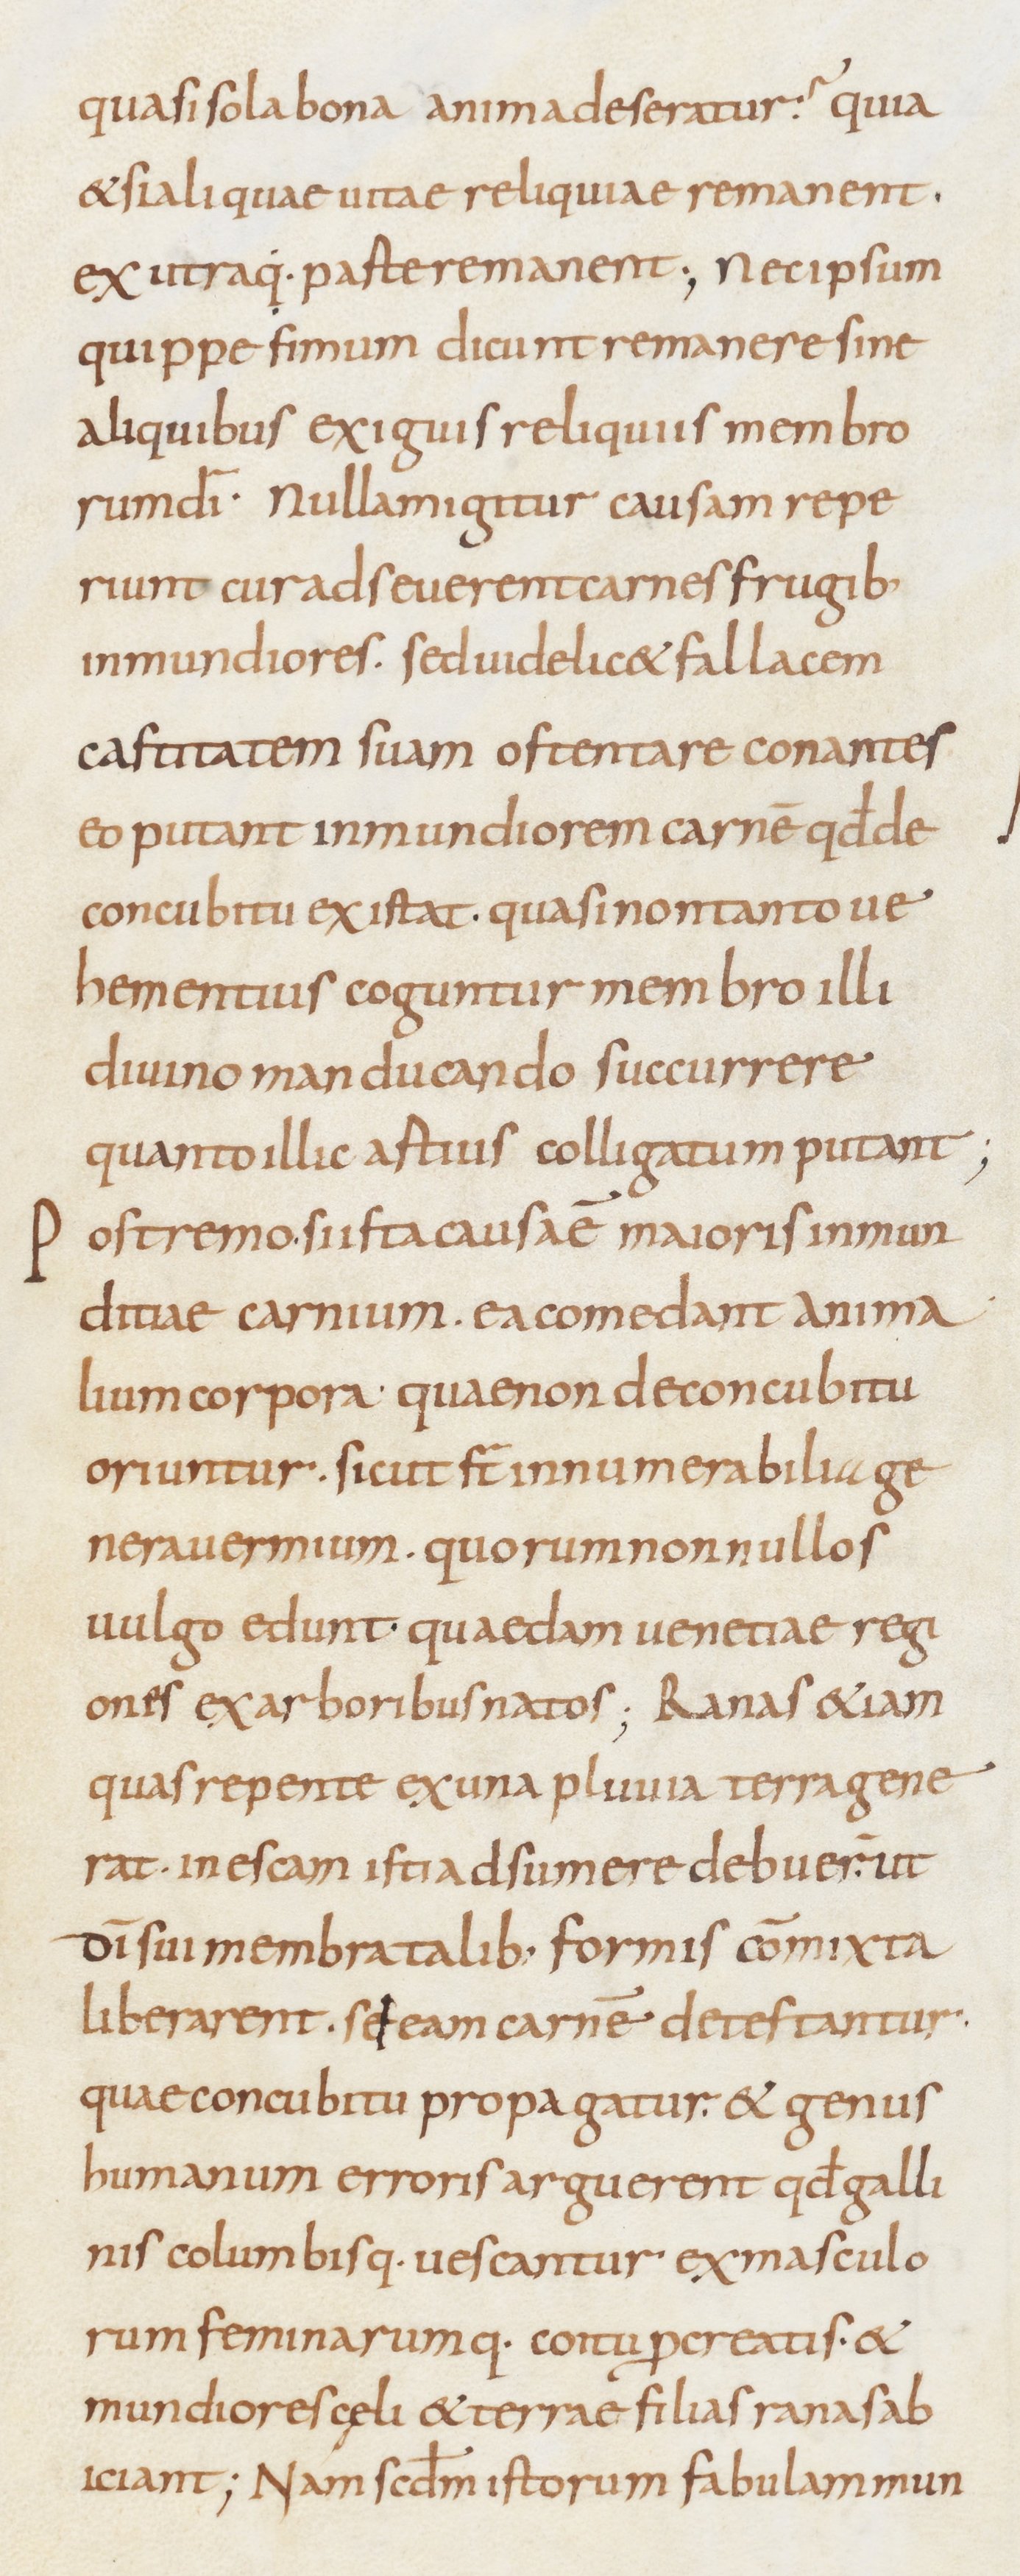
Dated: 800–899